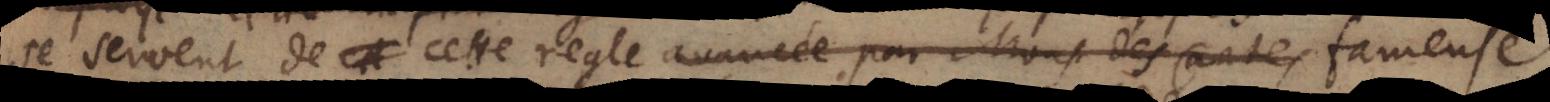
se servent de cette regle avancée par Mons. des Cartes